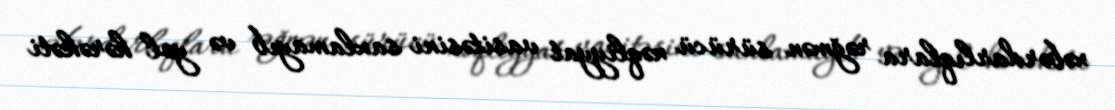
xəbərdarlıqlara rəğmən sürücü nəqliyyat vasitəsini saxlamayıb və yol hərəkəti